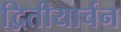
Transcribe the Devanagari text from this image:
द्वितीयार्चन